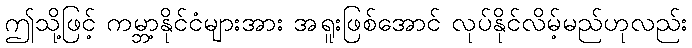
ဤသို့ဖြင့် ကမ္ဘာ့နိုင်ငံများအား အရူးဖြစ်အောင် လုပ်နိုင်လိမ့်မည်ဟုလည်း